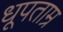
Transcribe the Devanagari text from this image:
धूपताम्र